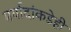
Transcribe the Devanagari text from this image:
मर्यादांकडेही